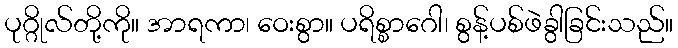
ပုဂ္ဂိုလ်တို့ကို။ အာရကာ၊ ဝေးစွာ။ ပရိစ္စာဂေါ၊ စွန့်ပစ်ဖဲခွါခြင်းသည်။